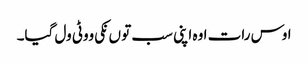
اوس رات اوہ اپنی سب تو ں نکی ووٹی ول گیا۔